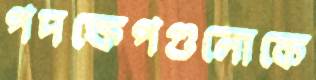
পদক্ষেপগুলোকে